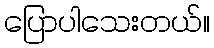
ပြောပါသေးတယ်။